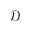
\mathcal { D }